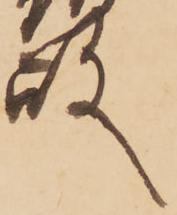
殿